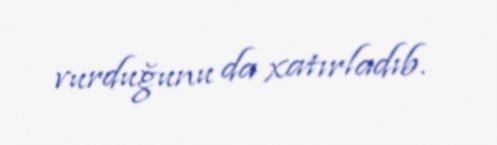
vurduğunu da xatırladıb.